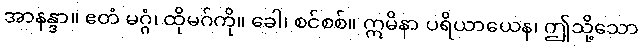
အာနန္ဒာ။ ဧတံ မဂ္ဂံ၊ ထိုမဂ်ကို။ ခေါ၊ စင်စစ်။ ဣမိနာ ပရိယာယေန၊ ဤသို့သော